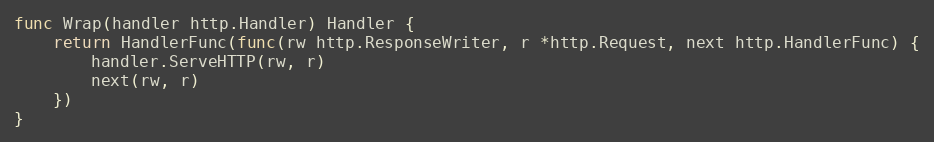
Language: Go
func Wrap(handler http.Handler) Handler {
	return HandlerFunc(func(rw http.ResponseWriter, r *http.Request, next http.HandlerFunc) {
		handler.ServeHTTP(rw, r)
		next(rw, r)
	})
}